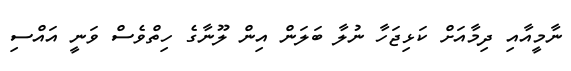
ނާމީއާއި ދިމާއަށް ކަޅިޖަހާ ނުލާ ބަލަން އިން ލޫނާގެ ހިތްވެސް ވަނީ އައްސި